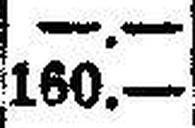
160.—